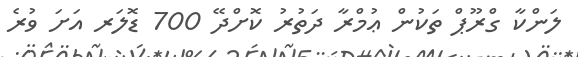
ލަންކާ ގްރޫޕް ތަކުން ޢުމްރާ ދަތުރު ކޮށްދޭ 700 ޑޮލަރ އަށަ ވުރެ